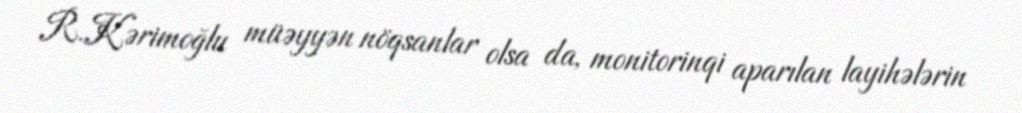
R.Kərimoğlu müəyyən nöqsanlar olsa da, monitorinqi aparılan layihələrin